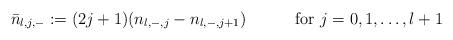
LaTeX: \begin{align*}\bar{n}_{l,j,-} := (2j+1)(n_{l,-,j} - n_{l,-,j+1}) \qquad\quad \mbox{for $j=0,1,\dots,l+1$}\end{align*}